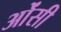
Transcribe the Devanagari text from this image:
ओंसी